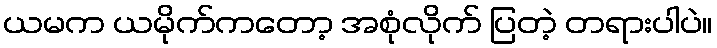
ယမက ယမိုက်ကတော့ အစုံလိုက် ပြတဲ့ တရားပါပဲ။